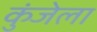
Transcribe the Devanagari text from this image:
कुंजेला